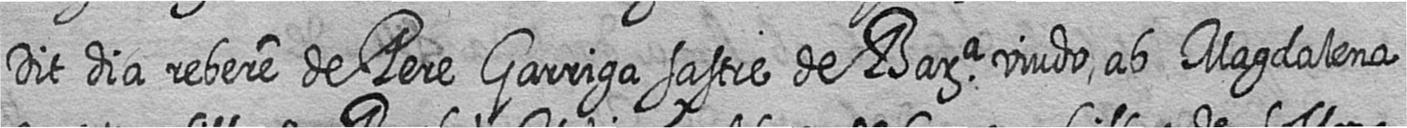
Dit dia rebere de Pere Garriga sastre de Bara viudo ab Magdalena